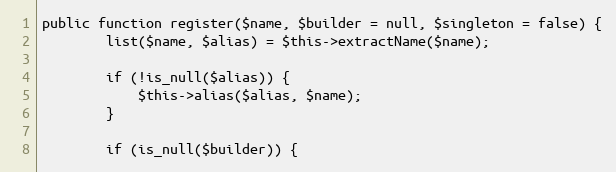
Language: PHP
public function register($name, $builder = null, $singleton = false) {
		list($name, $alias) = $this->extractName($name);

		if (!is_null($alias)) {
			$this->alias($alias, $name);
		}

		if (is_null($builder)) {